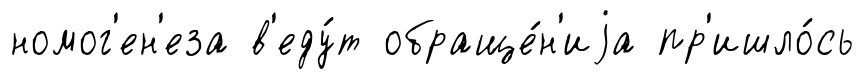
номог'ен'еза в'еду́т обраще́н'иjа пр'ишло́сь